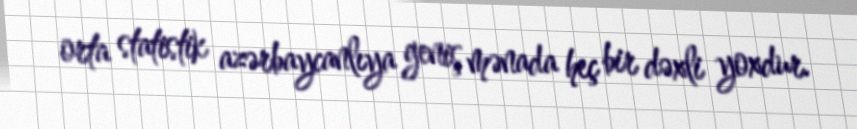
orta statistik azərbaycanlıya geniş mənada heç bir dəxli yoxdur.